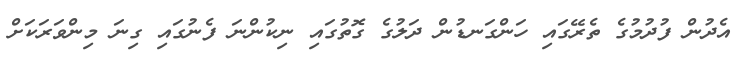
އެދުން ފުދުމުގެ ތެރޭގައި ހަންގަނޑުން ދަލުގެ ގޮތުގައި ނިކުންނަ ފެނުގައި ގިނަ މިންވަރަކަށް